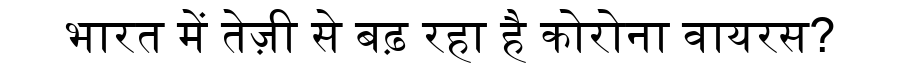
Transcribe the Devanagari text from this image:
भारत में तेज़ी से बढ़ रहा है कोरोना वायरस?